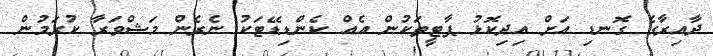
ދާއިރާގެ ގޮނޑި އަށް އިދިކޮޅު ޕާޓީތަކުން އެއް ކެންޑިޑޭޓަކު ނެރެން މަޝްވަރާ ކުރަމުން